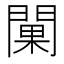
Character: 𨵚